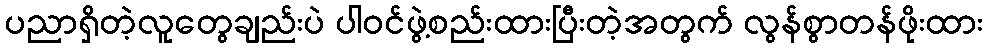
ပညာရှိတဲ့လူတွေချည်းပဲ ပါဝင်ဖွဲ့စည်းထားပြီးတဲ့အတွက် လွန်စွာတန်ဖိုးထား